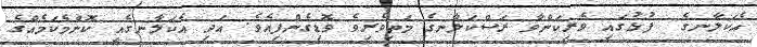
އެކަލާނގެ  ފުޅުގައި ވެރިކަންވާ ރަސްކަލާނގެ މަތިވެރިވެ ވޮޑިގެންފިއެވެ. އަދި އެކަލާނގެއީ ކޮންމެކަމެއްގެ